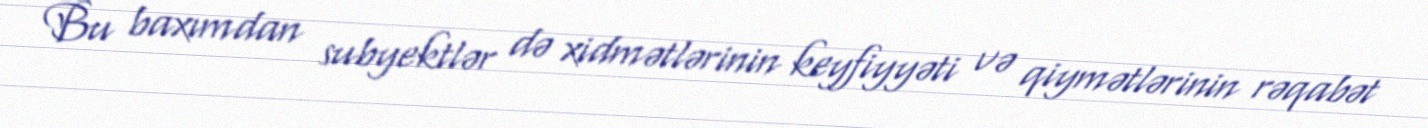
Bu baxımdan subyektlər də xidmətlərinin keyfiyyəti və qiymətlərinin rəqabət